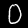
Label: 0